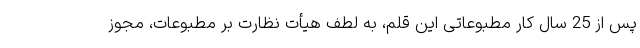
پس از 25 سال کار مطبوعاتی این قلم، به لطف هیأت نظارت بر مطبوعات، مجوز